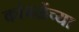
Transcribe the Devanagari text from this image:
कांबळेंच्या